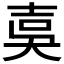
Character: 𡔣